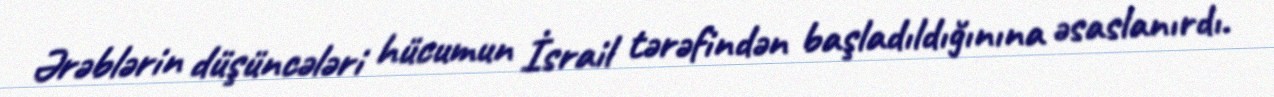
Ərəblərin düşüncələri hücumun İsrail tərəfindən başladıldığınına əsaslanırdı.